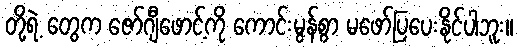
တို့ရဲ့ တွေက ဇော်ဂျီဖောင့်ကို ကောင်းမွန်စွာ မဖော်ပြပေးနိုင်ပါဘူး။